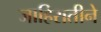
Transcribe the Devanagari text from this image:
जाहिरातीने